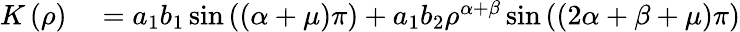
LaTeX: \begin{array}{rl}{K\left(\rho\right)}&{{}=a_{1}b_{1}\sin\left(\left(\alpha+\mu\right)\pi\right)+a_{1}b_{2}\rho^{\alpha+\beta}\sin\left(\left(2\alpha+\beta+\mu\right)\pi\right)}\end{array}